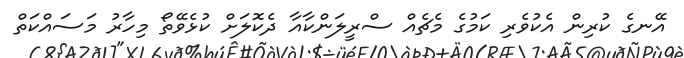
އޭނގެ ކުރިން އެކުވެރި ކަމުގެ މެޗެއް ސްރީލަންކާއާ ދެކޮލަށް ކުޅެވޭތޯ މިހާރު މަސައްކަތް